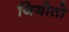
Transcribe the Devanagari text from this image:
जियोतो